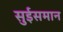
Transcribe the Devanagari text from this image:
सुईसमान